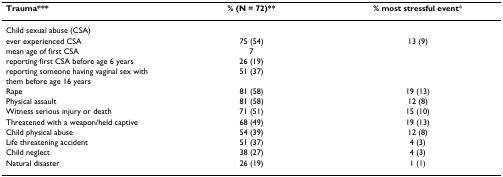
<table><thead><tr><td><b>Trauma***</b></td><td><b>% (N = 72)**</b></td><td><b>% most stressful event*</b></td></tr></thead><tbody><tr><td>Child sexual abuse (CSA)</td><td></td><td></td></tr><tr><td>ever experienced CSA</td><td>75 (54)</td><td>13 (9)</td></tr><tr><td>mean age of first CSA</td><td>7</td><td></td></tr><tr><td>reporting first CSA before age 6 years</td><td>26 (19)</td><td></td></tr><tr><td>reporting someone having vaginal sex with them before age 16 years</td><td>51 (37)</td><td></td></tr><tr><td>Rape</td><td>81 (58)</td><td>19 (13)</td></tr><tr><td>Physical assault</td><td>81 (58)</td><td>12 (8)</td></tr><tr><td>Witness serious injury or death</td><td>71 (51)</td><td>15 (10)</td></tr><tr><td>Threatened with a weapon/held captive</td><td>68 (49)</td><td>19 (13)</td></tr><tr><td>Child physical abuse</td><td>54 (39)</td><td>12 (8)</td></tr><tr><td>Life threatening accident</td><td>51 (37)</td><td>4 (3)</td></tr><tr><td>Child neglect</td><td>38 (27)</td><td>4 (3)</td></tr><tr><td>Natural disaster</td><td>26 (19)</td><td>1 (1)</td></tr></tbody></table>